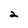
Character: 2